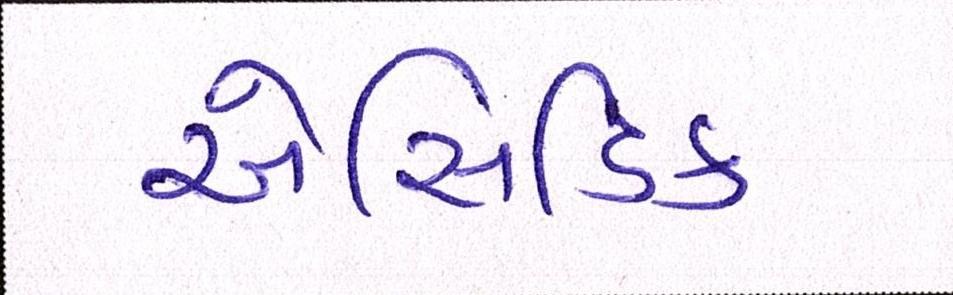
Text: એસિડિક